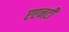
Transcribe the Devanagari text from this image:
एएनटी